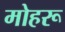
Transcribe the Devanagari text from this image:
मोहरू